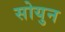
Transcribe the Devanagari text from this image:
सोयुन